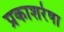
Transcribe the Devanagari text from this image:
प्रकाशरेषा